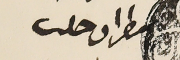
مطران حلب